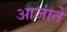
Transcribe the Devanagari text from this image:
आजाते